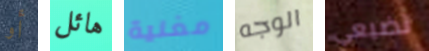
أو هائل مغنية الوجه تضيعي